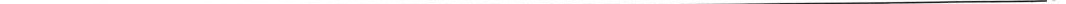
___